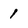
Character: 1